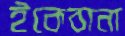
ইকেবানা